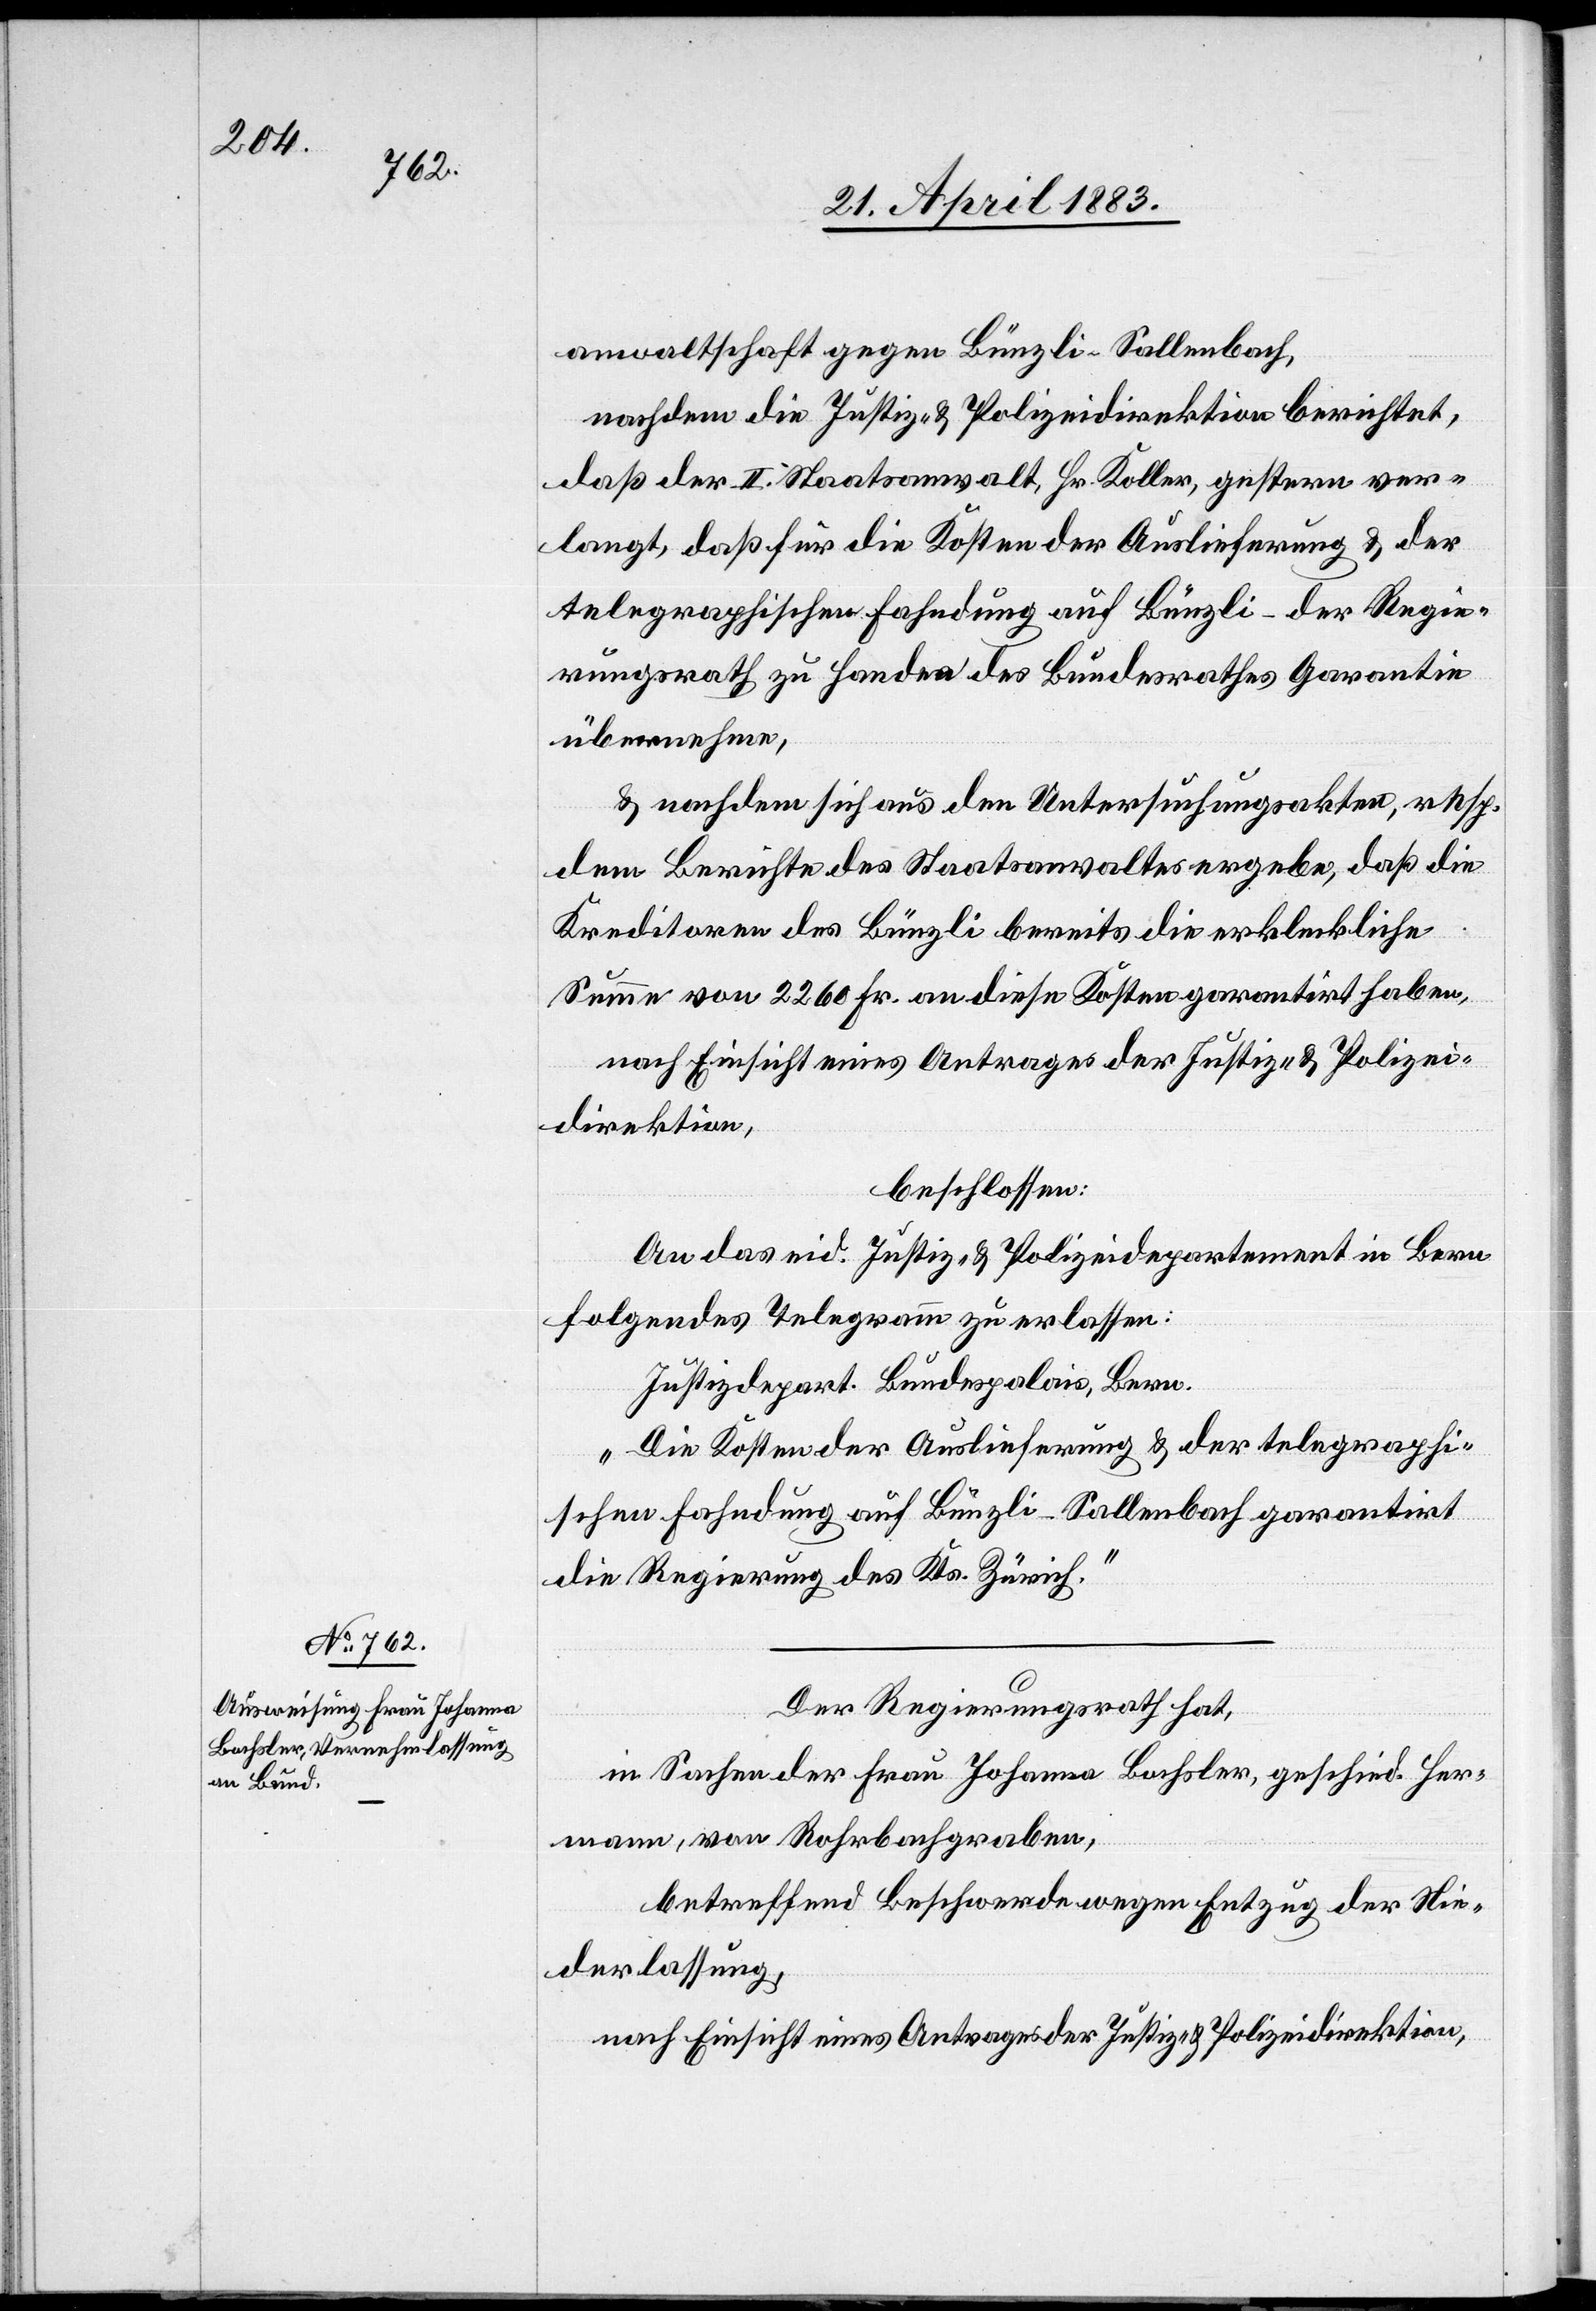
24. April 1883.]
anwaltschaft gegen Bünzli-Sallenbach,
nachdem die Justiz- & Polizeidirektion berichtet,
daß der II. Staatsanwalt, Hr. Koller, gestern ver¬
langt, daß für die Kosten der Auslieferung & der
telegraphischen Fahndung auf Bünzli – der Regie¬
rungsrath zu Handen des Bundesrathes Garantie
übernehme,
& nachdem sich aus den Untersuchungsakten, resp.
dem Berichte des Staatsanwaltes ergebe, daß die
Kreditoren des Bünzli bereits die erkleckliche
Summe von 2260 Fr. an diese Kosten garantirt haben,
nach Einsicht eines Antrages der Justiz- & Polizei¬
direktion,
beschlossen:
An das eid. Justiz- & Polizeidirektion in Bern
folgendes Telegramm zu erlassen:
Justizdepart. Bundespalais, Bern.
„Die Kosten der Auslieferung & der telegraphi¬
schen Fahndung auf Bünzli-Sallenbach garantirt
die Regierung des Kts. Zürich.“
Der Regierungsrath hat,
in Sachen der Frau Johanna Bochsler, geschied. Her¬
mann, von Rohrbachgraben,
betreffend Beschwerde wegen Entzug der Nie¬
derlassung,
nach Einsicht eines Antrages der Justiz- & Polizeidirektion,